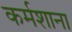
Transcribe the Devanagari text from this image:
कर्मशाना